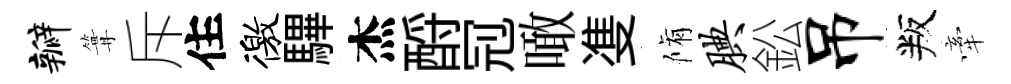
瓣篝斥住徼驆杰酹𠜍噉㕠脩腆鈆吊叛牽